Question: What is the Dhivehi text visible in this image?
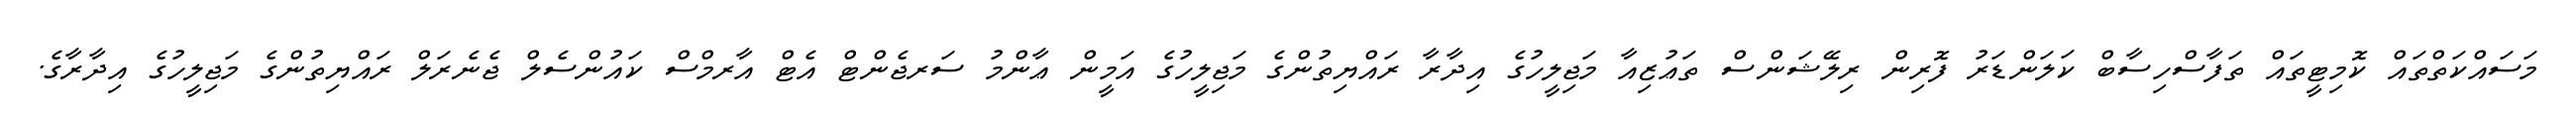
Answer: މަސައްކަތްތައް ކޮމިޓީތައް ތަފާސްހިސާބް ކަލަންޑަރު ފޮރިން ރިލޭޝަންސް ތަޢުޒިއާ މަޖިލީހުގެ އިދާރާ ރައްޔިތުންގެ މަޖިލީހުގެ އަމީން ޢާންމު ސަރޖެންޓް އެޓް އާރމްސް ކައުންސެލް ޖެނެރަލް ރައްޔިތުންގެ މަޖިލީހުގެ އިދާރާގެ.